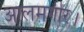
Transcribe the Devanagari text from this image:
आलमगीर।